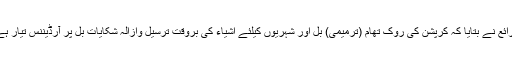
ذرائع نے بتایا کہ کرپشن کی روک تھام (ترمیمی) بل اور شہریوں کیلئے اشیاء کی بروقت ترسیل وازالہ شکایات بل پر آرڈیننس تیار ہے۔